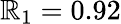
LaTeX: \mathbb{R}_{1}=0.92